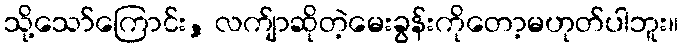
သို့သော်ကြောင်း, လက်ျာဆိုတဲ့မေးခွန်းကိုတော့မဟုတ်ပါဘူး။